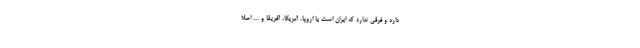
دارد و فرقی ندارد که ایران است یا اروپا، آمریکا، آفریقا و ... اصلا